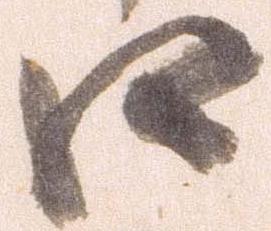
口